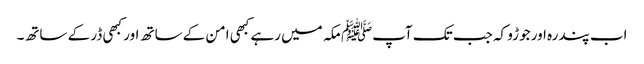
اب پندرہ اور جوڑو کہ جب تک آپﷺ مکہ میں رہے کبھی امن کے ساتھ اور کبھی ڈر کے ساتھ۔